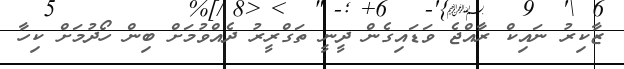
ޒާކިރު ނައިކް ރާއްޖެ ވަޑައިގެން ދީނީ ތަގްރީރު ދެއްވުމަށް ބިން ހޯދުމަށް ކިހާ